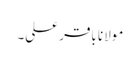
مولانا باقر علی۔